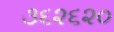
૩૬૨૬૨૦